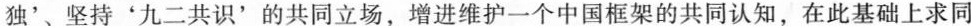
独'、坚持'九二共识'的共同立场，增进维护一个中国框架的共同认知，在此基础上求同